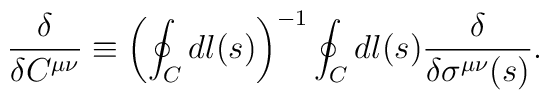
{\delta\over\delta C^{\mu\nu}}\equiv  \left(\oint_C dl(s)\right)^{-1}	\oint_C dl(s){\delta\over\delta \sigma^{\mu\nu}(s)}.